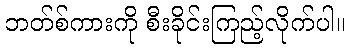
ဘတ်စ်ကားကို စီးခိုင်းကြည့်လိုက်ပါ။